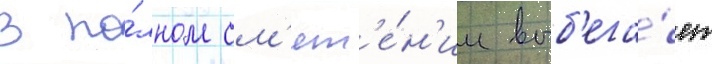
в по́лном см'ят'е́н'ии выб'ега́ет